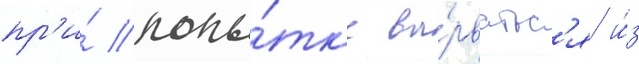
пр'и́ попы́тк'е вы́рватьс'я и́з